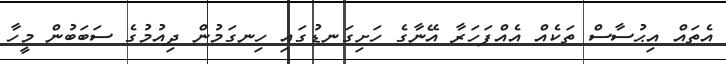
އެތައް އިޙުސާސް ތަކެއް އެއްފަހަރާ އޭނާގެ ހަށިގަނޑުގައި ހިނގަމުން ދިއުމުގެ ސަބަބުން މީހާ